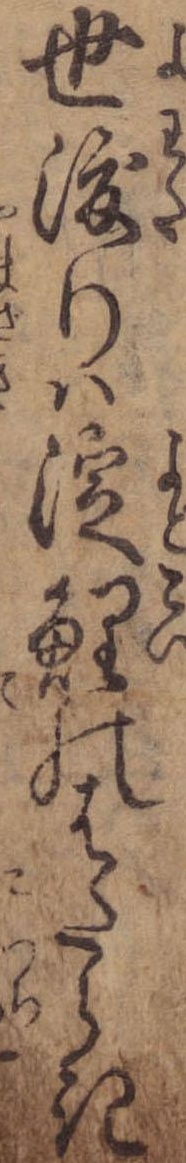
世渡りは淀鯉のはたらき